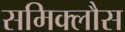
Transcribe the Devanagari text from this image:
समिक्लौस